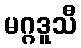
မဂ္ဂဒူသီ